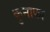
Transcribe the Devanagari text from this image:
कुनाफा